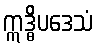
ဣဒ္ဓိပဒေသံ